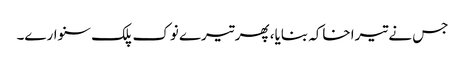
جس نے تیرا خاکہ بنایا، پھر تیرے نوک پلک سنوارے۔